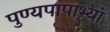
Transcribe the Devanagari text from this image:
पुण्यपापाभ्यां